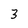
Character: 3